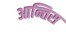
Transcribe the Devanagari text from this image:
आन्तिस